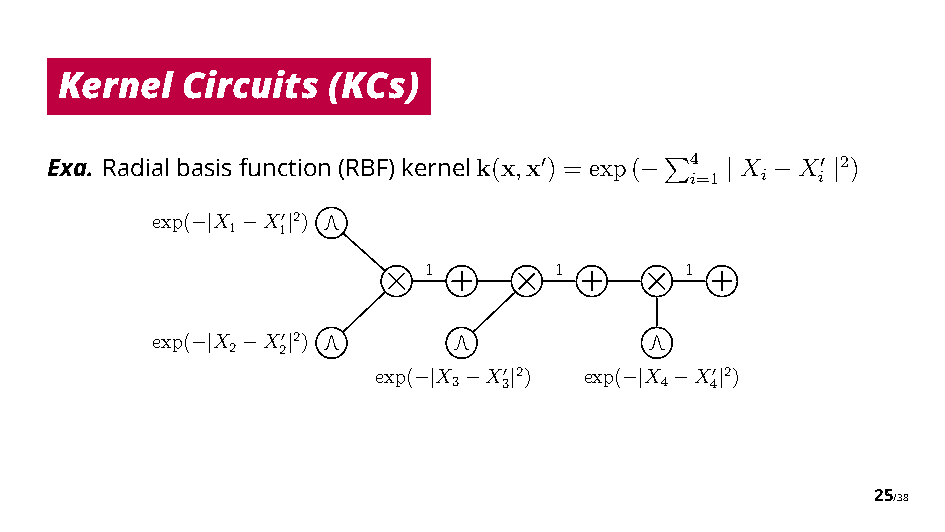
Kernel  Circuits  (KCs)
 Exa. Radialbasisfunction(RBF)kernelk(x,x) = exp( 4 X X 2)
 "     −   i=1 | i − i" |
 exp( X X 2)                       $
 |
 1

 10
 |
 1        1       1
 ⇥       ⇥        ⇥
 exp( X X 2)
 |
 2

 20
 |
 exp( X X 2)   exp( X X 2)
 |
 3

 30
 |      |
 4

 40
 |
 25/38